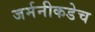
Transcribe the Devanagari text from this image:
जर्मनीकडेच